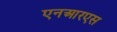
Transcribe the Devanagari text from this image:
एनआरएस